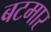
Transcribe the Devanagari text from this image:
बटमार